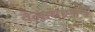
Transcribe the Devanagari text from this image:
वेलायाप्पम